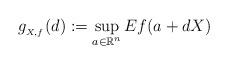
LaTeX: \begin{align*} g_{_{X,f}}(d):=\sup_{a\in\mathbb{R}^n} Ef(a+dX)\end{align*}